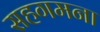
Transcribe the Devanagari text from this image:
सहगमना